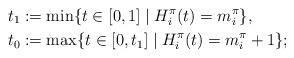
LaTeX: \begin{align*}t_1&:=\mathrm{min}\{t\in[0,1] \mid H^\pi_i(t)=m^\pi_i\}, \\t_0&:=\mathrm{max}\{t\in[0,t_1] \mid H^\pi_i(t)=m^\pi_i+1\}; \end{align*}